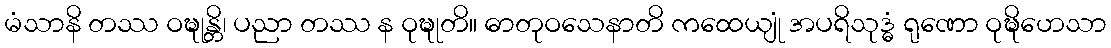
မံသာနိ တဿ ဝဍ္ဎုန္တိ၊ ပညာ တဿ န ဝုဍ္ဎုတိ။ ဓာတုဝသေနာတိ ကထေယျုံ အပရိသုဒ္ဓံ ရုဏော ဝုဍ္ဎိဟေသာ